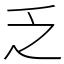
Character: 乏